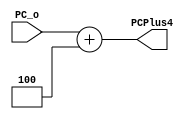
module PCAdd4(PC_o, PCPlus4);
input[31:0] PC_o;
output reg[31:0] PCPlus4;

always @(*)
begin
   PCPlus4 = PC_o + 32'd4; 
end
endmodule